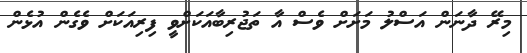
މިރޭ ދާނަން އަސްލު މަށަށް ވެސް އާ ތަޖުރިބާއަކަށްވީ ފިރިއަކަށް ވެގެން އުޅެން